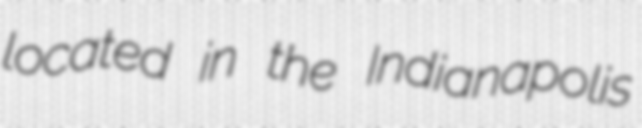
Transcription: located in the Indianapolis